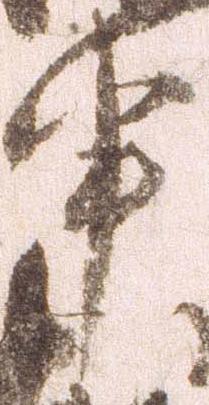
申